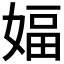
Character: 𫱆